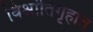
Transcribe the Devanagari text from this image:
विश्रांतिगृहात